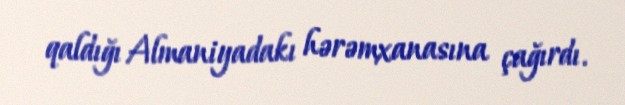
qaldığı Almaniyadakı hərəmxanasına çağırdı.